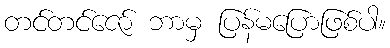
တင်တင်ဇော် ဘာမှ ပြန်မပြောဖြစ်ပါ။